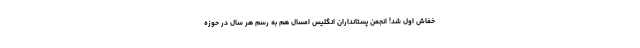
خفاش اول شد! انجمن پستانداران انگلیس امسال هم به رسم هر سال در حوزه